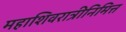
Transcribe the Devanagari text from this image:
महाशिवरात्रीनिमित्त